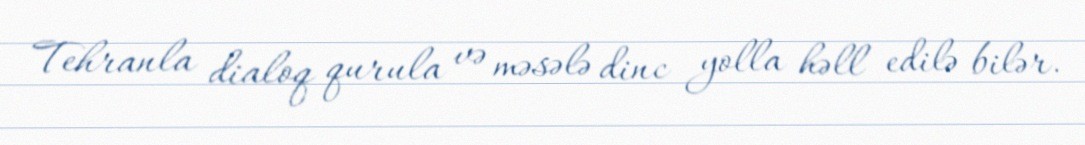
Tehranla dialoq qurula və məsələ dinc yolla həll edilə bilər.